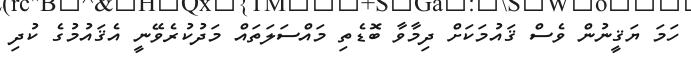
ހަމަ ޔަޤީނުން ވެސް ޤައުމަކަށް ދިމާވާ ބޮޑެތި މައްސަލަތައް މަދުކުރެވޭނީ އެޤައުމުގެ ކުދި